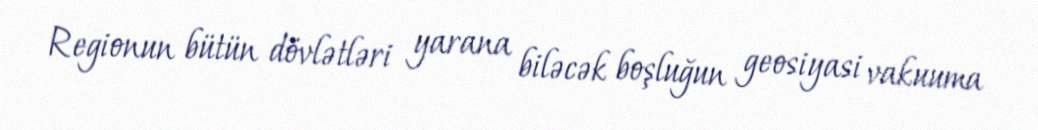
Regionun bütün dövlətləri yarana biləcək boşluğun geosiyasi vakuuma